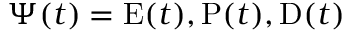
\Psi ( t ) = \mathrm { E } ( t ) , \mathrm { P } ( t ) , \mathrm { D } ( t )